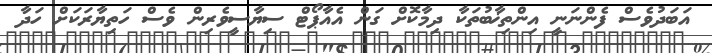
އަބަދުވެސް ފެންނަނީ އިންތިޚާބުތަކާ ދިމާކޮށް ގަން އެއާޕޯޓް ސިޔާސީވެރިން ވެސް ހަތިޔާރަކަށް ހަދާ